Lunatic asylums in Bengal annual reports 1912-1924 - 1912-1924
Year: 1912
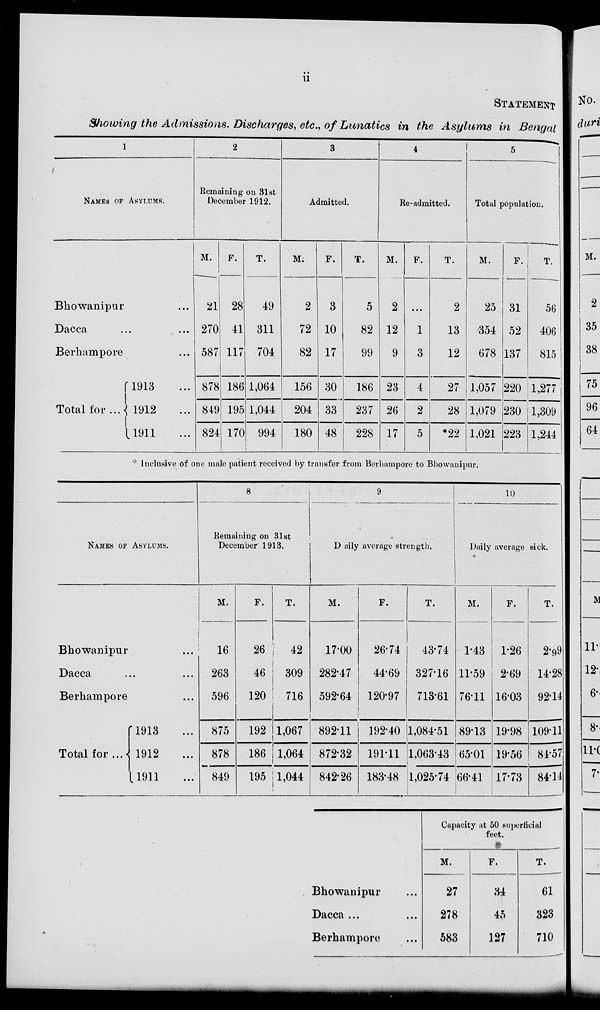
ii
STATEMENT
Showing the Admissions. Discharges, etc., of Lunatics in the Asylums in Bengal
1
NAMES OF ASYLUMS.
Bhowanipur ...
Dacca ...
Berhampore ...
Total for ...
1913 ...
1912 ...
1911 ...
2
Remaining on 31st
December 1912.
M.
21
270
587
878
849
824
F.
28
41
117
186
195
170
T.
49
311
704
1,064
1,044
994
3
Admitted.
M.
2
72
82
156
204
180
F.
3
10
17
30
33
48
T.
5
82
99
186
237
228
4
Re-admitted.
M.
2
12
9
23
26
17
F.
...
1
3
4
2
5
T.
2
13
12
27
28
*22
5
Total population.
M.
25
354
678
1,057
1,079
1,021
F.
31
52
137
220
230
223
T.
56
406
815
1,277
1,309
1,244
* Inclusive of one male patient received by transfer from Berhampore to Bhowanipur.
NAMES OF ASYLUMS.
Bhowanipur
...
Dacca
...
Berhampore
...
Total for ...
1913 ...
1912...
1911...
8
Remaining on 31st
December 1913.
M.
16
263
596
875
878
849
F.
26
46
120
192
186
195
T.
42
309
716
1,067
1,064
1,044
9
Daily average strength.
M.
17.00
282.47
592.64
892.11
872.32
842.26
F.
26.74
44.69
120.97
192.40
191.11
183.48
T.
43.74
327.16
713.61
1,084.51
1,063.43
1,025.74
10
Daily average sick.
M.
1.43
11.59
76.11
89.13
65.01
66.41
F.
1.26
2.69
16.03
19.98
19.56
17.73
T.
2.99
14.28
92.14
109.11
84.57
84.14
Bhowanipur
Dacca ... ...
Berhampore ...
Capacity at 50 superficial
feet.
M.
27
278
583
F.
34
45
127
T.
61
323
710